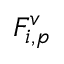
F _ { i , p } ^ { v }